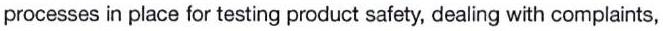
processes in place for testing product safety, dealing with complaints,